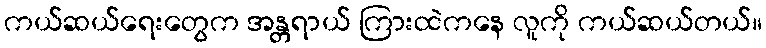
ကယ်ဆယ်ရေးတွေက အန္တရာယ် ကြားထဲကနေ လူကို ကယ်ဆယ်တယ်။